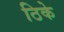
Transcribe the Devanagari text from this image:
ठिके